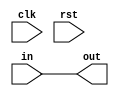
module Exec_Stage #(parameter N = 32)(clk, rst, in, out);
    input clk, rst;
    input [N-1:0]in;
    output [N-1:0] out;
    assign out = in;
endmodule